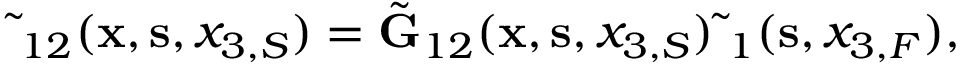
\begin{array} { r } { \tilde { \bf \Gamma } _ { 1 2 } ( { \bf x } , { \bf s } , x _ { 3 , S } ) = \tilde { \bf G } _ { 1 2 } ( { \bf x } , { \bf s } , x _ { 3 , S } ) \tilde { \bf \Delta } _ { 1 } ( { \bf s } , x _ { 3 , F } ) , } \end{array}